Report on sanitation, dispensaries, and jails in Rajputana for 1916, and on vaccination for the year 1916-1917 - 1916-1917
Year: 1916
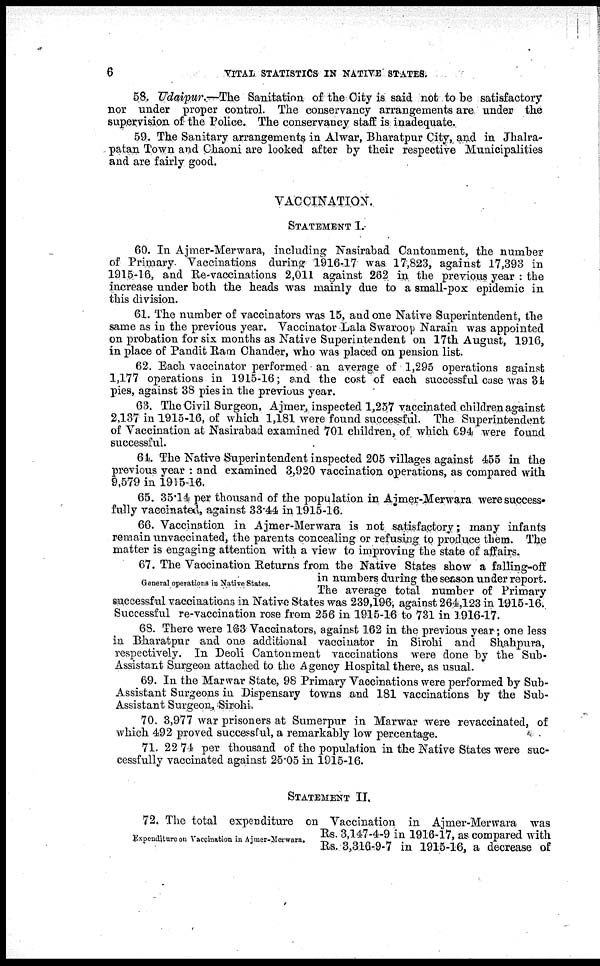
6
VITAL STATISTICS IN NATIVE STATES.
58. Udaipur.—The Sanitation of the City is said not to be satisfactory
nor under proper control. The conservancy arrangements are under the
supervision of the Police. The conservancy staff is inadequate.
59. The Sanitary arrangements in Alwar, Bharatpur City, and in Jhalra-
patan Town and Chaoni are looked after by their respective Municipalities
and are fairly good.
VACCINATION.
STATEMENT I.
60. In Ajmer-Merwara, including Nasirabad Cantonment, the number
of Primary. Vaccinations during 1916-17 was 17,823, against 17,393 in
1915-16, and Re-vaccinations 2,011 against 262 in the previous year : the
increase under both the heads was mainly due to a small-pox epidemic in
this division.
61. The number of vaccinators was 15, and one Native Superintendent, the
same as in the previous year. Vaccinator Lala Swaroop Narain was appointed
on probation for six months as Native Superintendent on 17th August, 1916,
in place of Pandit Ram Chander, who was placed on pension list.
62. Each vaccinator performed an average of 1,295 operations against
1,177 operations in 1915-16; and the cost of each successful case was 34
pies, against 38 pies in the previous year.
63. The Civil Surgeon, Ajmer, inspected 1,257 vaccinated children against
2,137 in 1915-16, of which 1,181 were found successful. The Superintendent
of Vaccination at Nasirabad examined 701 children, of which 694 were found
successful.
64. The Native Superintendent inspected 205 villages against 455 in the
previous year : and examined 3,920 vaccination operations, as compared with
9,579 in 1915-16.
65. 35.14 per thousand of the population in Ajmer-Merwara were success¬
fully vaccinated, against 33.44 in 1915-16.
66. Vaccination in Ajmer-Merwara is not satisfactory; many infants
remain unvaccinated, the parents concealing or refusing to produce them. The
matter is engaging attention with a view to improving the state of affairs.
General operations in Native States.
67. The Vaccination Returns from the Native States show a falling-off
in numbers during the season under report.
The average total number of Primary
successful vaccinations in Native States was 239,196, against 264,123 in 1915-16.
Successful re-vaccination rose from 256 in 1915-16 to 731 in 1916-17.
68. There were 163 Vaccinators, against 162 in the previous year; one less
in Bharatpur and one additional vaccinator in Sirohi and Shahpura,
respectively. In Deoli Cantonment vaccinations were done by the Sub-
Assistant Surgeon attached to the Agency Hospital there, as usual.
69. In the Marwar State, 98 Primary Vaccinations were performed by Sub-
Assistant Surgeons in Dispensary towns and 181 vaccinations by the Sub-
Assistant Surgeon, Sirohi.
70. 3,977 war prisoners at Sumerpur in Marwar were revaccinated, of
which 492 proved successful, a remarkably low percentage.
71. 22 74 per thousand of the population in the Native States were suc-
cessfully vaccinated against 25.05 in 1915-16.
STATEMENT II.
Expenditure on Vaccination in Ajmer-Merwara.
72. The total expenditure on Vaccination in Ajmer-Merwara was
Rs. 3,147-4-9 in 1916-17, as compared with
Rs. 3,316-9-7 in 1915-16, a decrease of